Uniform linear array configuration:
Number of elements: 48
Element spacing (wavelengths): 0.75
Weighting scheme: cosine
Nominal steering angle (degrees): -45
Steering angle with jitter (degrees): -46.272
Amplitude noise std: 0.05
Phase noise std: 0.05

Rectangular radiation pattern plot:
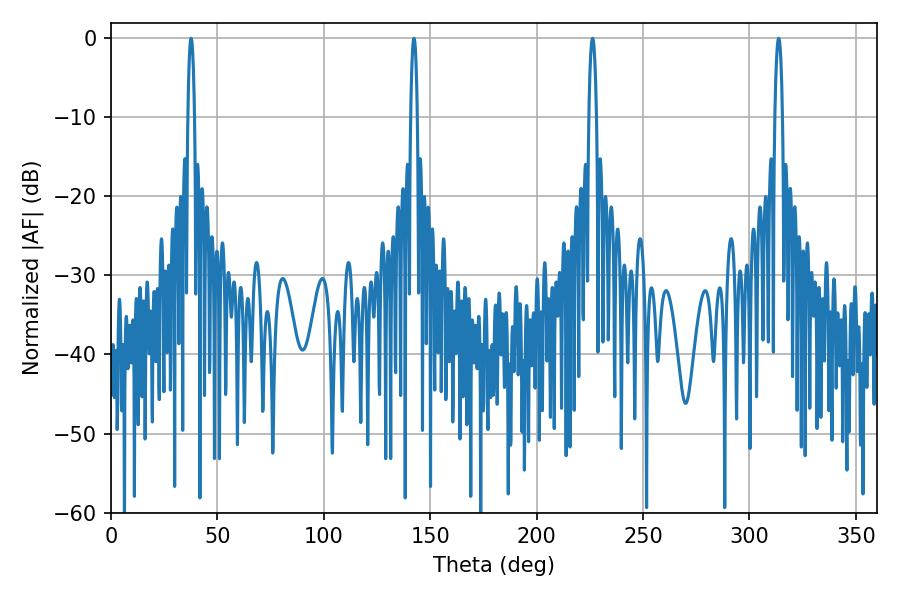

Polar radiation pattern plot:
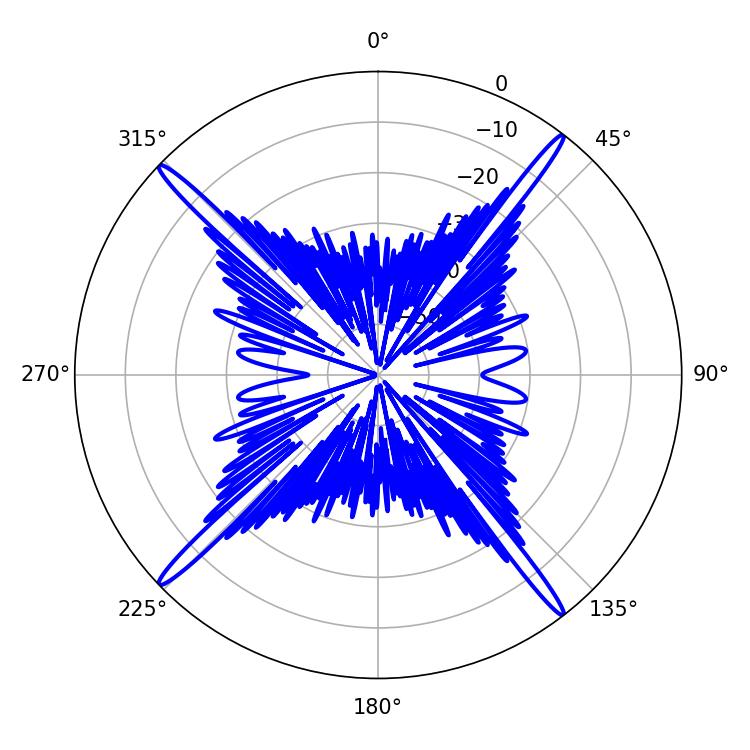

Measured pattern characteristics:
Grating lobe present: TRUE
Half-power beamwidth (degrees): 1.98
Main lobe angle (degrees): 226.26